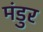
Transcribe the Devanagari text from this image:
मंडुर